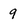
Character: 9